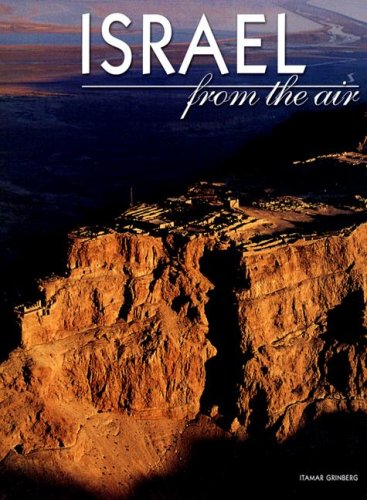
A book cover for Israel from the Air; Travel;